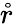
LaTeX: \mathring{r}